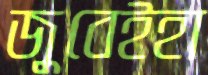
জুবেইহা